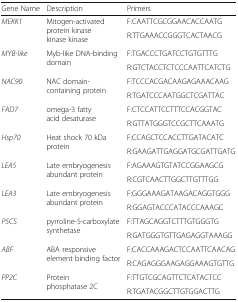
<table><thead><tr><td><b>Gene Name</b></td><td><b>Description</b></td><td><b>Primers</b></td></tr></thead><tbody><tr><td rowspan="2"><i>MEKK1</i></td><td rowspan="2">Mitogen-activated protein kinase kinase kinase</td><td>F:CAATTCGCGGAACACCAATG</td></tr><tr><td>R:TTGAAACCGGGTCACTAACG</td></tr><tr><td rowspan="2"><i>MYB-like</i></td><td rowspan="2">Myb-like DNA-binding domain</td><td>F:TGACCCTGATCCTGTGTTTG</td></tr><tr><td>R:GTCTACCTCTCCCAATTCATCTG</td></tr><tr><td rowspan="2"><i>NAC90</i></td><td rowspan="2">NAC domain-containing protein</td><td>F:TCCCACGACAAGAGAAACAAG</td></tr><tr><td>R:TGATCCCAATGGCTCGATTAC</td></tr><tr><td rowspan="2"><i>FAD7</i></td><td rowspan="2">omega-3 fatty acid desaturase</td><td>F:CTCCATTCCTTTCCACGGTAC</td></tr><tr><td>R:GTTATGGGTCCGCTTCAAATG</td></tr><tr><td rowspan="2"><i>Hsp70</i></td><td rowspan="2">Heat shock 70 kDa protein</td><td>F:CCAGCTCCACCTTGATACATC</td></tr><tr><td>R:GAAGATTGAGGATGCGATTGATG</td></tr><tr><td rowspan="2"><i>LEA5</i></td><td rowspan="2">Late embryogenesis abundant protein</td><td>F:AGAAAGTGTATCCGGAAGCG</td></tr><tr><td>R:CGTCAACTTGGCTTGTTTGG</td></tr><tr><td rowspan="2"><i>LEA3</i></td><td rowspan="2">Late embryogenesis abundant protein</td><td>F:GGGAAAGATAAGACAGGTGGG</td></tr><tr><td>R:GGAGTACCCATACCCAAAGC</td></tr><tr><td rowspan="2"><i>P5CS</i></td><td rowspan="2">pyrroline-5-carboxylate synthetase</td><td>F:TTAGCAGGTCTTTGTGGGTG</td></tr><tr><td>R:GATGGGTGTTGAGAGGTAAAGG</td></tr><tr><td rowspan="2"><i>ABF</i></td><td rowspan="2">ABA responsive element binding factor</td><td>F:CACCAAAGACTCCAATTCAACAG</td></tr><tr><td>R:CAGAGGGAAGAGGAAAGTGTTG</td></tr><tr><td rowspan="2"><i>PP2C</i></td><td rowspan="2">Protein phosphatase 2C</td><td>F:TTGTCGCAGTTCTCATACTCC</td></tr><tr><td>R:TGATACGGCTTGTGGACTTG</td></tr></tbody></table>